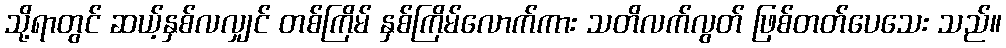
သို့ရာတွင် ဆယ့်နှစ်လလျှင် တစ်ကြိမ် နှစ်ကြိမ်လောက်ကား သတိလက်လွတ် ဖြစ်တတ်ပေသေး သည်။